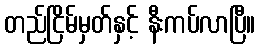
တည်ငြိမ်မှတ်နှင့် နီးကပ်လာပြီ။